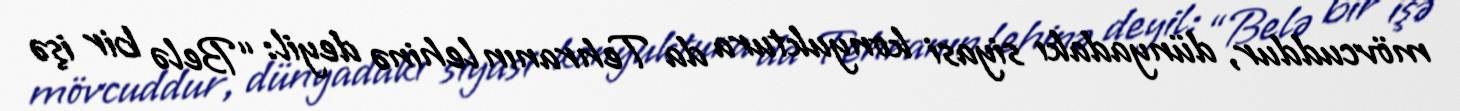
mövcuddur, dünyadakı siyasi konyuktura da Tehranın lehinə deyil: “Belə bir işə